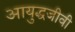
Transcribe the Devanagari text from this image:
आयुद्धजीवी